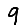
Digit: 9